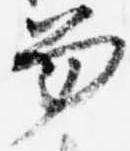
笏